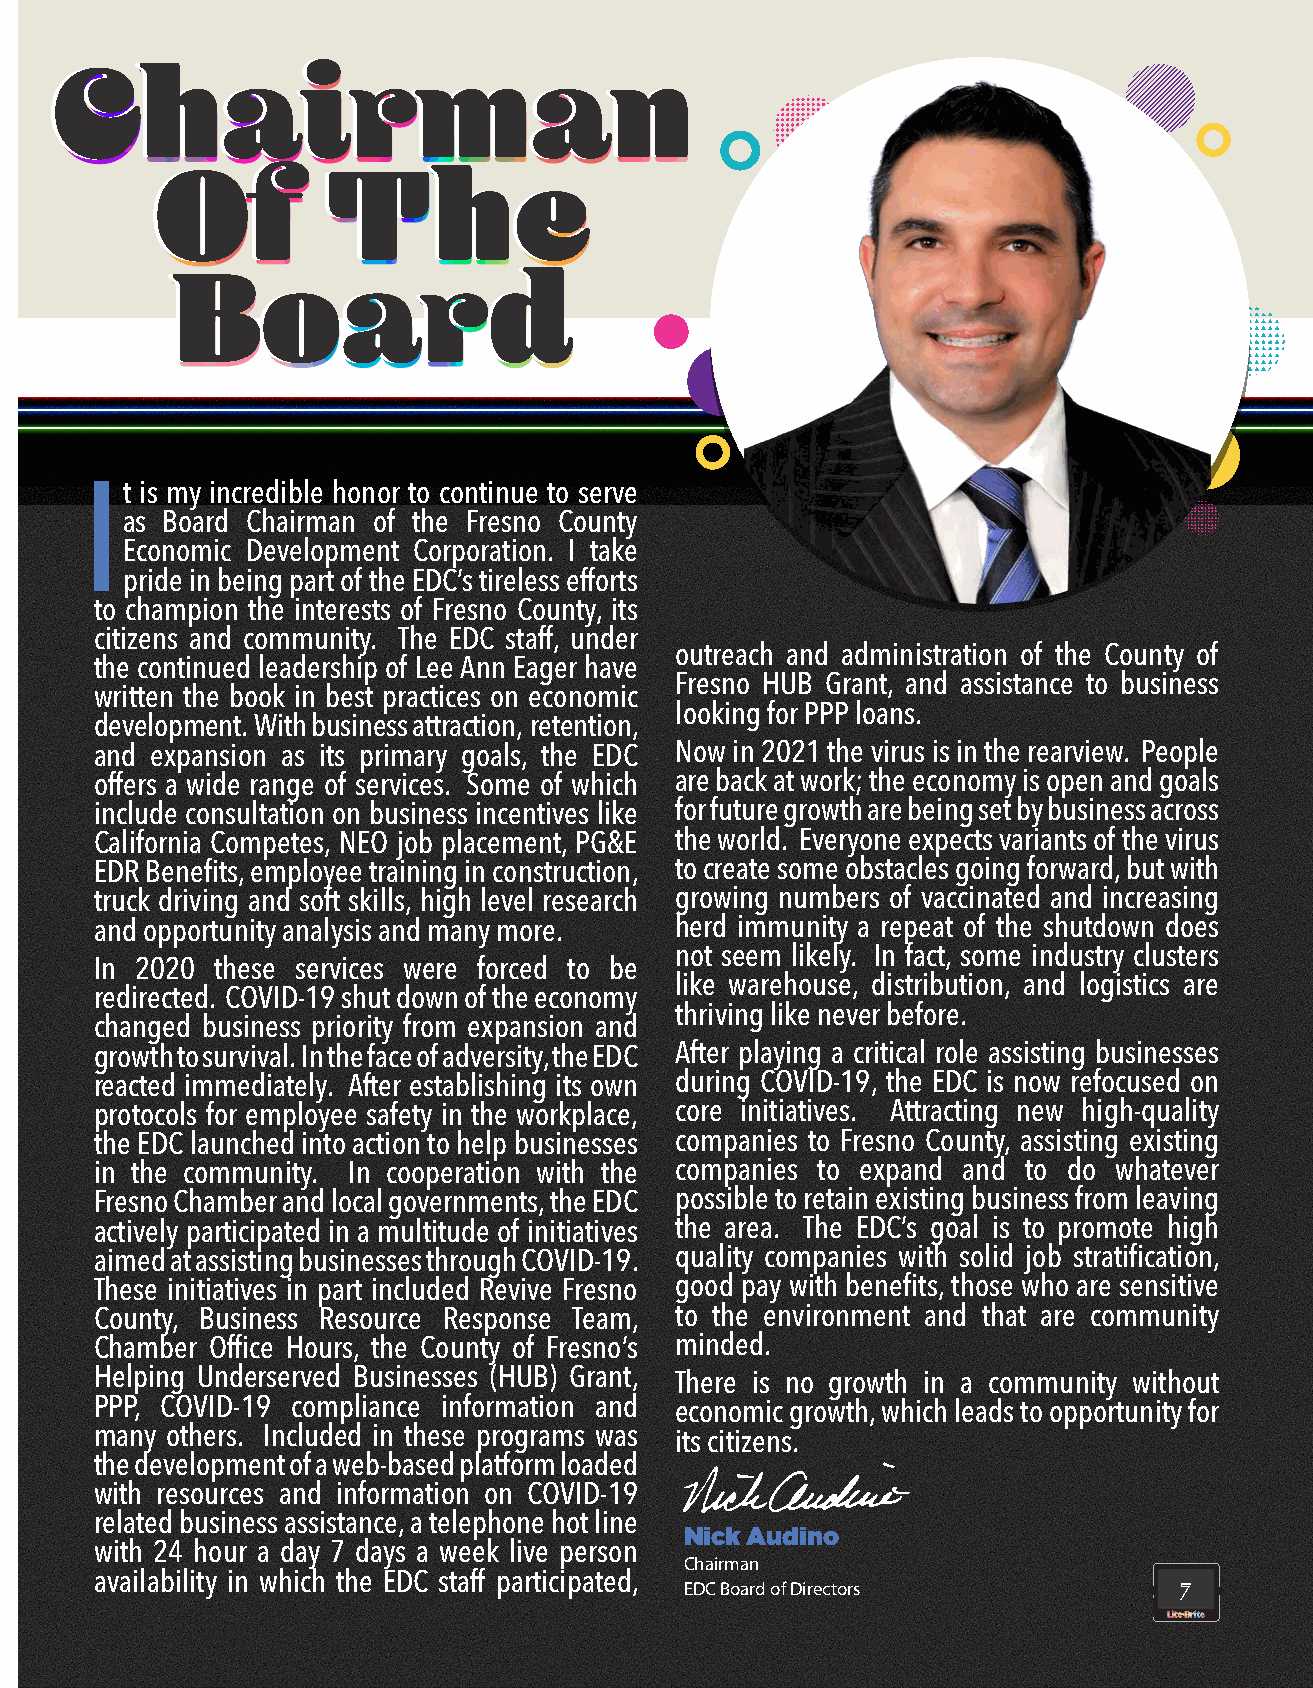
CChhaaiirrmmaann
 OOff       TThhee
 BBooaarrdd
 t is my incredible honor to continue to serve
 I
 as Board Chairman of the Fresno County
 Economic Development Corporation. I take
 pride in being part of the EDC’s tireless efforts
 to champion the interests of Fresno County, its
 citizens and community. The EDC staff, under
 outreach and administration of the County of
 the continued leadership of Lee Ann Eager have
 Fresno HUB Grant, and assistance to business
 written the book in best practices on economic
 looking for PPP loans.
 development. With business attraction, retention,
 and expansion as its primary goals, the EDC Now in 2021 the virus is in the rearview. People
 offers a wide range of services. Some of which are back at work; the economy is open and goals
 include consultation on business incentives like for future growth are being set by business across
 California Competes, NEO job placement, PG&E the world. Everyone expects variants of the virus
 EDR Benefits, employee training in construction, to create some obstacles going forward, but with
 truck driving and soft skills, high level research growing numbers of vaccinated and increasing
 and opportunity analysis and many more. herd immunity a repeat of the shutdown does
 not seem likely. In fact, some industry clusters
 In 2020 these services were forced to be
 like warehouse, distribution, and logistics are
 redirected. COVID-19 shut down of the economy
 thriving like never before.
 changed business priority from expansion and
 growth to survival. In the face of adversity, the EDC After playing a critical role assisting businesses
 reacted immediately. After establishing its own during COVID-19, the EDC is now refocused on
 protocols for employee safety in the workplace, core initiatives. Attracting new high-quality
 the EDC launched into action to help businesses companies to Fresno County, assisting existing
 in the community. In cooperation with the companies to expand and to do whatever
 Fresno Chamber and local governments, the EDC possible to retain existing business from leaving
 actively participated in a multitude of initiatives the area. The EDC’s goal is to promote high
 aimed at assisting businesses through COVID-19. quality companies with solid job stratification,
 These initiatives in part included Revive Fresno good pay with benefits, those who are sensitive
 County, Business Resource Response Team, to the environment and that are community
 Chamber Office Hours, the County of Fresno’s minded.
 Helping Underserved Businesses (HUB) Grant, There is no growth in a community without
 PPP, COVID-19 compliance information and economic growth, which leads to opportunity for
 many others. Included in these programs was its citizens.
 the development of a web-based platform loaded
 with resources and information on COVID-19
 related business assistance, a telephone hot line
 Nick Audino
 with 24 hour a day 7 days a week live person
 Chairman
 availability in which the EDC staff participated,
 EDC Board of Directors           7